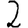
Digit: 2